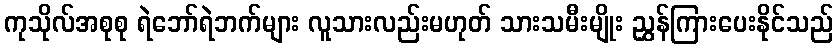
ကုသိုလ်အစုစု ရဲဘော်ရဲဘက်များ လူသားလည်းမဟုတ် သားသမီးမျိုး ညွှန်ကြားပေးနိုင်သည်